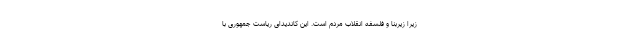
زیرا زیربنا و فلسفه انقلاب مردم است. این کاندیدای ریاست جمهوری با